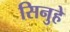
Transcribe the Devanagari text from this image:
सिनुहे